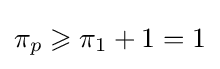
\pi _{p}\geqslant \pi _{1}+1=1